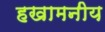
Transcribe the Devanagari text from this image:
हखामनीय